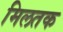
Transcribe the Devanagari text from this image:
मिलतक